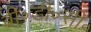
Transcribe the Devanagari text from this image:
बी॰डी॰सी॰